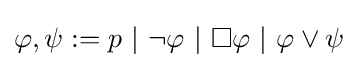
\varphi ,\psi :=p\ |\ \neg \varphi \ |\ \Box \varphi \ |\ \varphi \lor \psi